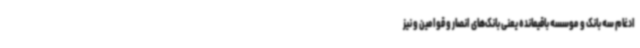
ادغام سه بانک و موسسه باقیمانده یعنی بانک‌های انصار و قوامین و نیز